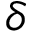
\delta